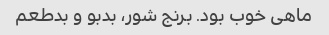
ماهی خوب بود. برنج شور، بدبو و بدطعم